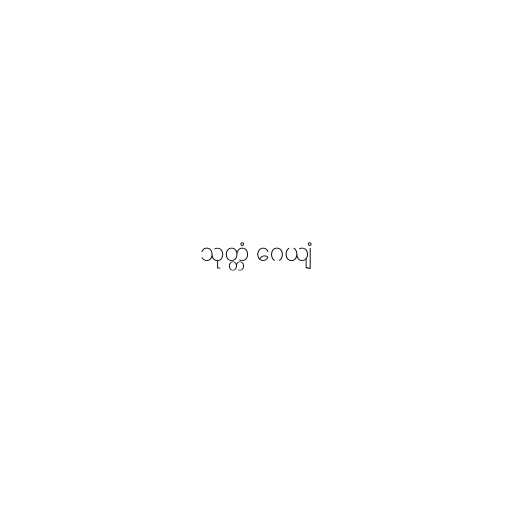
သုတ္တံ ဂေယျံ